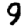
Digit: 9